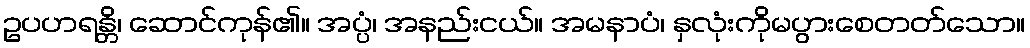
ဥပဟရန္တိ၊ ဆောင်ကုန်၏။ အပ္ပံ၊ အနည်းငယ်။ အမနာပံ၊ နှလုံးကိုမပွားစေတတ်သော။